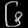
Digit: ၆